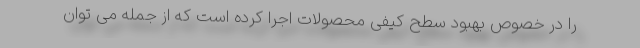
را در خصوص بهبود سطح کیفی محصولات اجرا کرده است که از جمله می توان